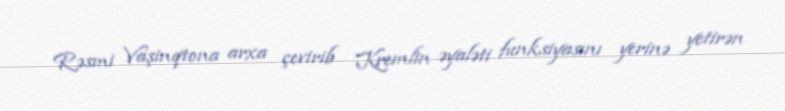
Rəsmi Vaşinqtona arxa çevirib Kremlin əyaləti funksiyasını yerinə yetirən